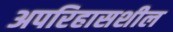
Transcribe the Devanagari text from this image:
अपरिहासशील